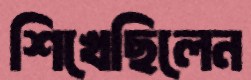
শিখেছিলেন